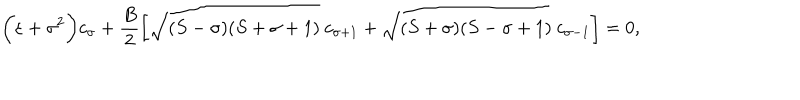
LaTeX: \biggl ( \varepsilon + \sigma ^ { 2 } \biggr ) c _ { \sigma } + \frac { B } { 2 } \biggl [ \sqrt { ( S - \sigma ) ( S + \sigma + 1 ) } ~ c _ { \sigma + 1 } + \sqrt { ( S + \sigma ) ( S - \sigma + 1 ) } ~ c _ { \sigma - 1 } \biggr ] = 0 ,